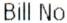
BILL NO